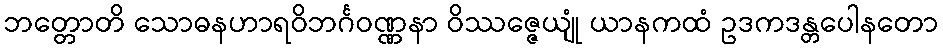
ဘတ္တောတိ သောဓနဟာရဝိဘင်္ဂဝဏ္ဏနာ ဝိဿဇ္ဇေယျုံ ယာနကထံ ဥဒကဒန္တပေါနတော